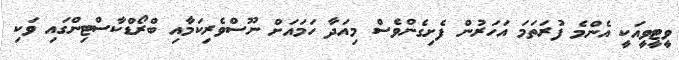
ވީޓީވީއަކީ އެންމެ ފުރަތަމަ އަހަރުން ފެށިގެންވެސް މިއަދާ ހަމައަށް ނޫސްވެރިކަމާއި ބްރޯޑްކާސްޓިންގައި ވަކި